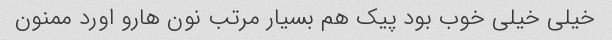
خیلی خیلی خوب بود پیک هم بسیار مرتب نون هارو اورد ممنون